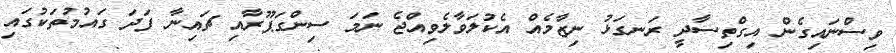
ވިސްނައިގެން އިގްތިސާދީ ރަނގަޅު ނިޒާމެއް އެކުލަވާލެވިއްޖެ ނަމަ ސިންގަޕޫރާއި ޗައިނާ ފަދަ ގައުމުތަކުގައި